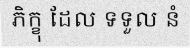
ភិក្ខុ ដែល ទទួល នំ